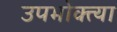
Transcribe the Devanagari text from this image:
उपभोक्त्या